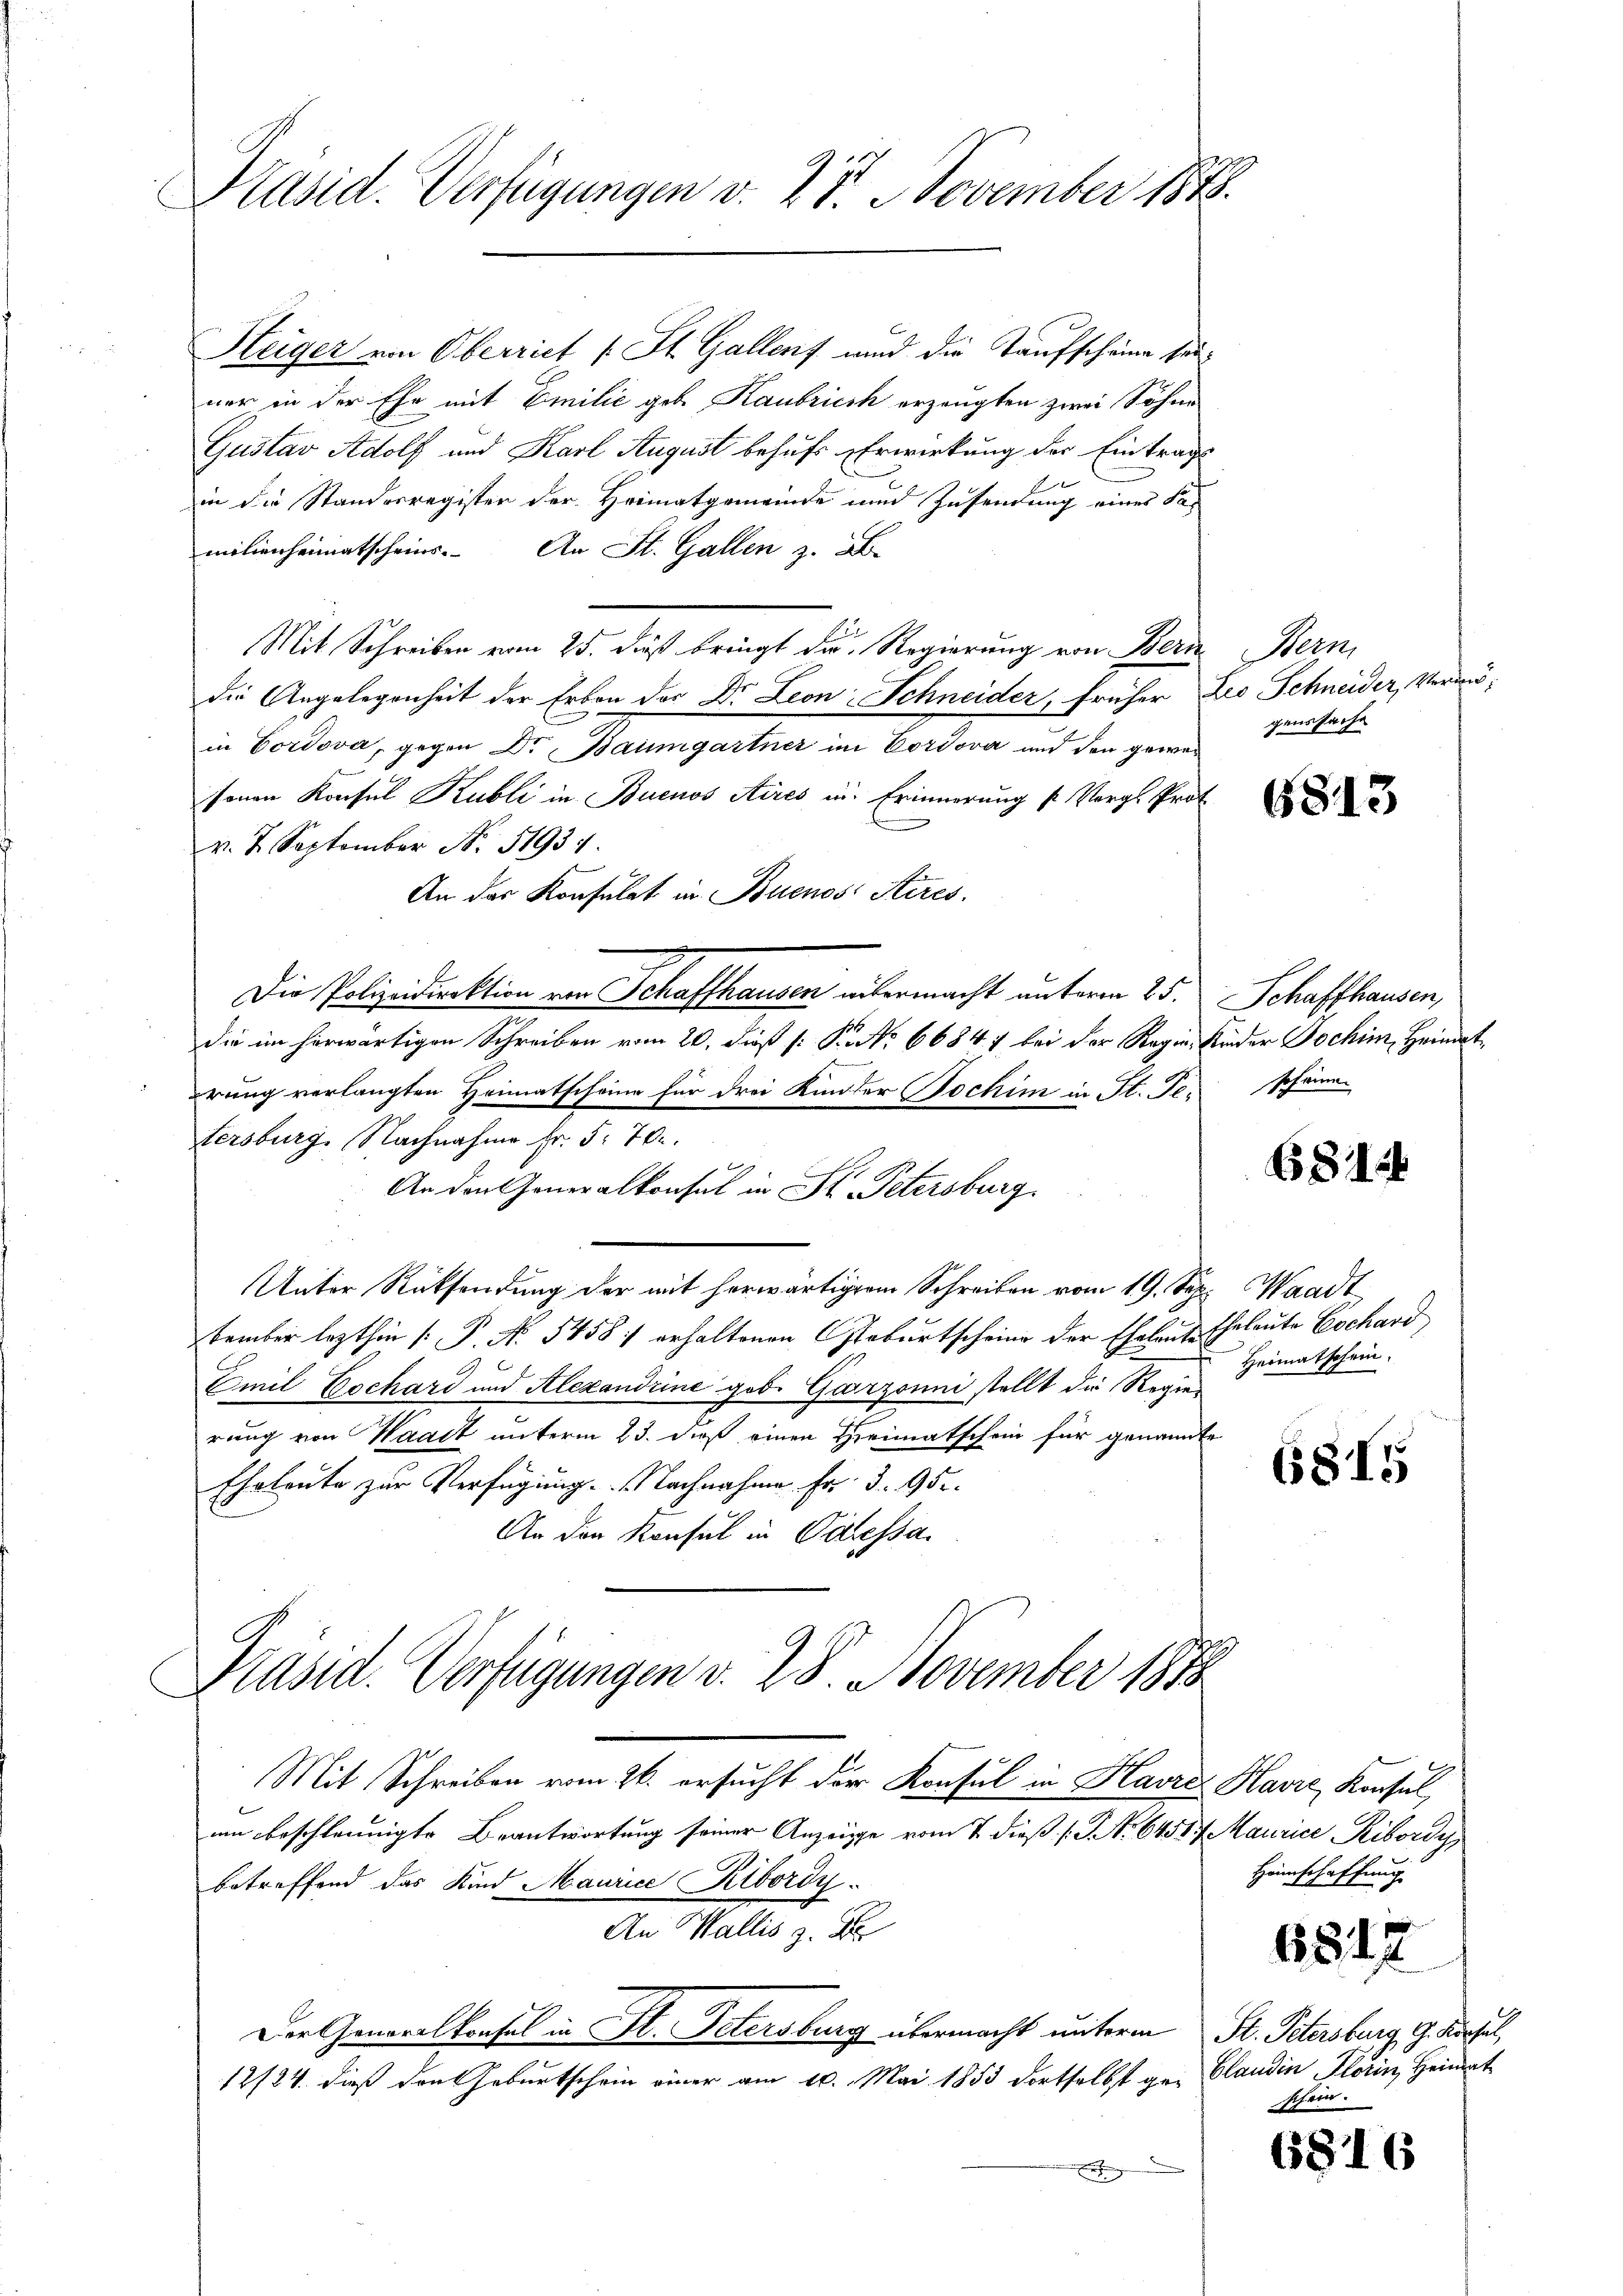
Präsid. Verfügungen v. 28. November 1876.

Heiger von Oberriet (St. Gallenf und die Taufscheine seivor in der Ehe mit Emilić geb. Kaubricik erzeugten zwei Söhne
Gustav Adolf und Karl August behufs Erwirkung der Eintrags
in die Standesregister der Heimatgemeinde und Zusendung eines Fa-
milienheimatscheins. An St. Gallen z. B.
Mit Schreiben vom 25. dieß bringt die Regierung von Bern Bern,
die Angelegenheit der Erben der Dr. Leon-Schneider, früher Des Schneider, Vermöin Cordova, gegen Dr Baumgartner im Cordova und den gewa
sonen Konsul Kubli in Buenos Aires in Erinnerung s. Vergl. Prof
v. 7. September No. 51934.
An das Konsulat in Buenos Aires.
Die Polizeidirektion von Schaffhausen untermacht unterm 25. Schaffhausen,
die im herwärtigen Schreiben vom 20. dieß (: P. Nr. 66847 bei der Regien Kinder Jochim, Heimatrung verlangten Heimatscheine für drei Kinder Bochim in St. Ge- schönen
tersburg, Nachnahme fr. 5. 70.
An den Generalkonsul in St. Petersburg.
Unter Rücksendung der mit herwärtiger Schreiben vom 19. Sep. Waadt
tember lezthin [P. No 5458) erhaltenen Geburtscheine der Eheleute Eheleute Gschard
Emil Dochard und Alexandrine gob. Garzouni stellt die Regierung von Waadt unterm 23. dieß einen Heimatschein für genannte
Eheleute zur Verfügung. Nachnahme Fr. 3. 95.
An den Konsul in Odessa
Präsid. Verfügungen v. 28. November 1878
Mit Schreiben vom 26. ersucht der Konsul in Havre Havre, Konsul
um beschleunigte Beantwortung seiner Anzeige vom 7. dieß (S. 64517. Maurice, Ribordy,
betreffend das Kind Maurice Ribordy
An Wallis z. Br
Der Generalkonsul in St. Petersburg übermacht unterm St. Petersburg, G. Kirchel,
12/24. dieß den Geburtschein einer am 10. Mai 1853 dortselbst ge- Claudin Florin, Heimat
e

genssache

6813

6814

Heimatschein.

6815

Heimschaffung

6817

shorn.

6816